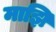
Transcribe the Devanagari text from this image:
माझि